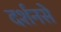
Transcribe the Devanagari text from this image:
दर्शनसे